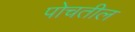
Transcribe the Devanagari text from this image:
पोचतील